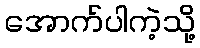
အောက်ပါကဲ့သို့